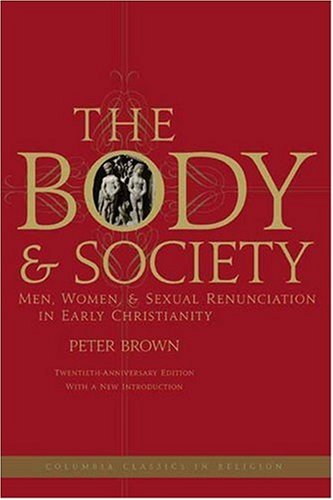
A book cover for The Body and Society: Men, Women, and Sexual Renunciation in Early Christianity (Columbia Classics in Religion); Peter Brown; Christian Books & Bibles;